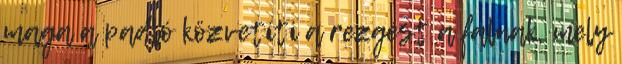
maga a padló közvetíti a rezgést a falnak, mely